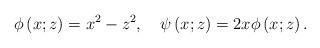
LaTeX: \begin{align*}\phi\left( x;z\right) =x^{2}-z^{2},\quad\psi\left( x;z\right)=2x\phi\left( x;z\right) . \end{align*}